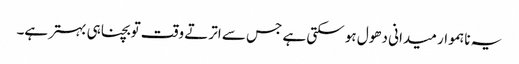
یہ ناہموار میدانی دھول ہو سکتی ہے جس سے اترتے وقت تو بچنا ہی بہتر ہے۔